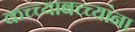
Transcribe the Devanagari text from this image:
कच्च्याबच्च्यांना